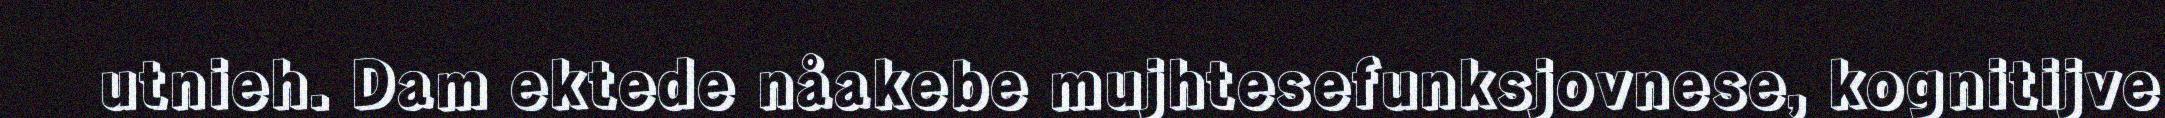
utnieh. Dam ektede nåakebe mujhtesefunksjovnese, kognitijve